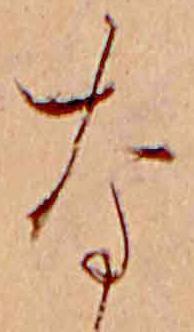
な